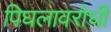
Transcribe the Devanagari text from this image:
पिघलावरोधी